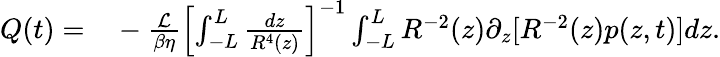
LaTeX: \begin{array}{rl}{Q(t)=}&{{}-\frac{\mathcal{L}}{\beta\eta}\left[\int_{-L}^{L}\frac{dz}{R^{4}(z)}\right]^{-1}\int_{-L}^{L}R^{-2}(z)\partial_{z}[R^{-2}(z)p(z,t)]dz.}\end{array}